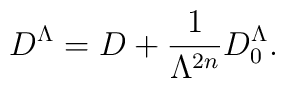
D^\Lambda = D + \frac{1}{\Lambda^{2n}} D^\Lambda_0.